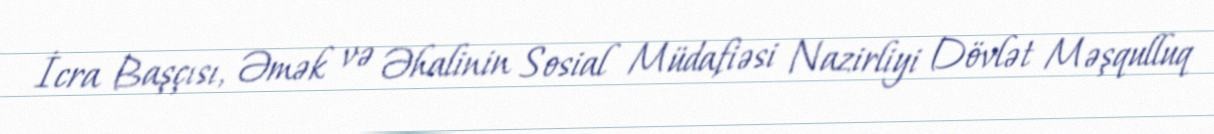
İcra Başçısı, Əmək və Əhalinin Sosial Müdafiəsi Nazirliyi Dövlət Məşqulluq